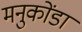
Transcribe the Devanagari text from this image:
मनुकोंडा